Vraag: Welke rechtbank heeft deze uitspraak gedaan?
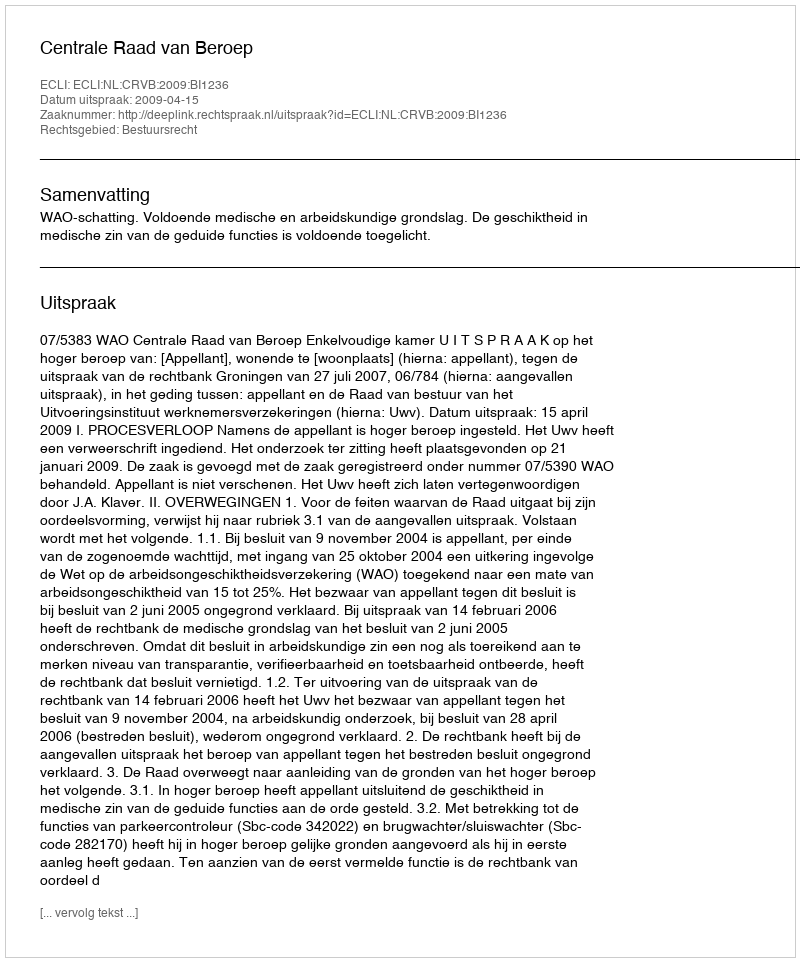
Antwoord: Centrale Raad van Beroep